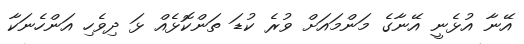
އޭނާ އުޅެނީ އޭނާގެ މަންމައަށް ވުރެ ކުޑަ ތަންކޮޅެއް ޅަ ދިވެހި އަންހެނަކާ